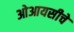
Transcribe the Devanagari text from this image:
ओआयसीचे